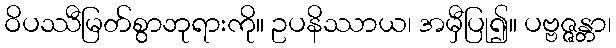
ဝိပဿီမြတ်စွာဘုရားကို။ ဥပနိဿာယ၊ အမှီပြု၍။ ပဗ္ဗဇ္ဇန္တာ၊